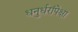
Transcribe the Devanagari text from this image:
धनुर्धरांपेक्षा